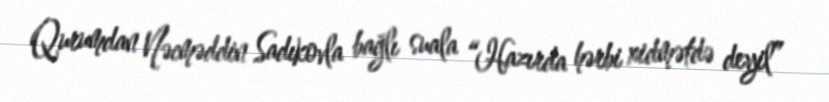
Qurumdan Nəcməddin Sadıkovla bağlı suala “Hazırda hərbi xidmətdə deyil”